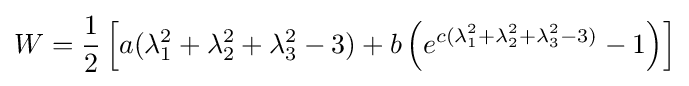
W={\frac {1}{2}}\left[a(\lambda _{1}^{2}+\lambda _{2}^{2}+\lambda _{3}^{2}-3)+b\left(e^{c(\lambda _{1}^{2}+\lambda _{2}^{2}+\lambda _{3}^{2}-3)}-1\right)\right]